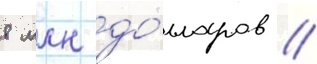
8 млн до́лларов //